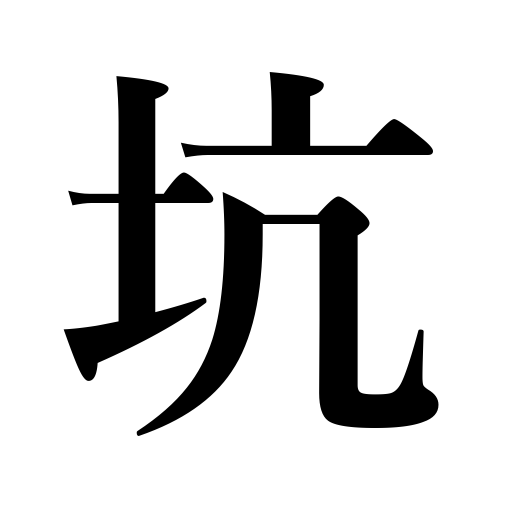
Meanings: pit,hole